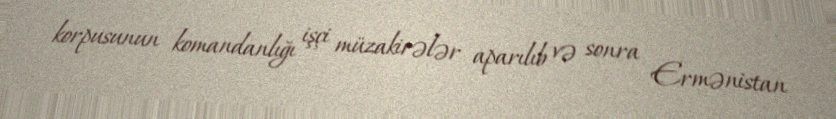
korpusunun komandanlığı işçi müzakirələr aparılıb və sonra Ermənistan